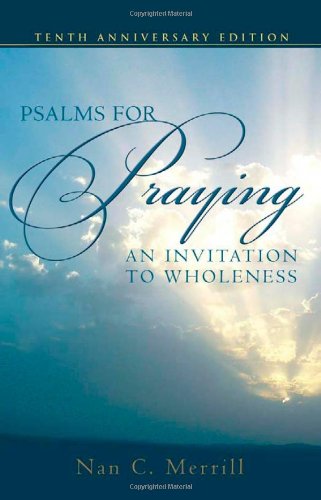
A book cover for Psalms for Praying: An Invitation to Wholeness; Nan C. Merrill; Christian Books & Bibles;